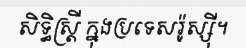
សិទ្ធិស្ត្រី ក្នុងប្រទេសរ៉ូស្ស៊ី។